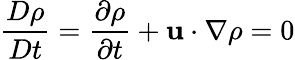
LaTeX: {\frac{D\rho}{Dt}}={\frac{\partial\rho}{\partial t}}+\mathbf{u}\cdot\nabla\rho=0